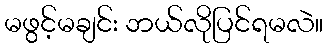
မဖွင့်မချင်း ဘယ်လိုပြင်ရမလဲ။